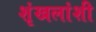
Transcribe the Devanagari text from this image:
शृंखलांशी